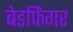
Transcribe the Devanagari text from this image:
बेडफिंगर